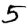
Digit: 5